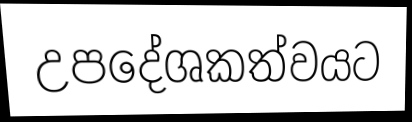
උපදේශකත්වයට